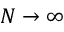
N \rightarrow \infty